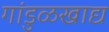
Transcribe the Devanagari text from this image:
गांडुळखाद्य